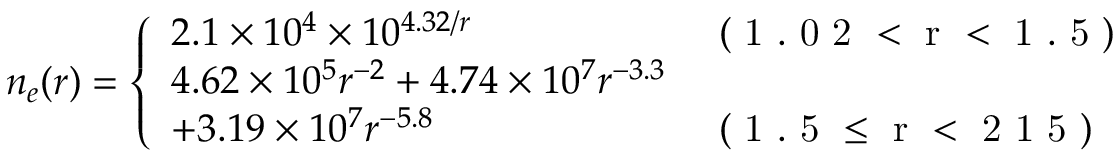
n _ { e } ( r ) = \left\{ \begin{array} { l l } { 2 . 1 \times 1 0 ^ { 4 } \times 1 0 ^ { 4 . 3 2 / r } } & { \mathrm { ~ ( ~ 1 ~ . ~ 0 ~ 2 ~ < ~ r ~ < ~ 1 ~ . ~ 5 ~ ) ~ } } \\ { 4 . 6 2 \times 1 0 ^ { 5 } r ^ { - 2 } + 4 . 7 4 \times 1 0 ^ { 7 } r ^ { - 3 . 3 } } \\ { + 3 . 1 9 \times 1 0 ^ { 7 } r ^ { - 5 . 8 } } & { \mathrm { ~ ( ~ 1 ~ . ~ 5 ~ \leq ~ r ~ < ~ 2 ~ 1 ~ 5 ~ ) ~ } } \end{array} \right.